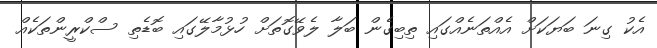
އެކު ގިނަ ބަޔަކަށް އެއްތަނެއްގައި ތިބިގެން ބަލާ ލެވޭގޮތަށް ހުޅުމާލޭގައި ބޮޑެތި ސްކްރީންތަކެއް